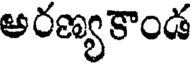
అరణ్యకాండ